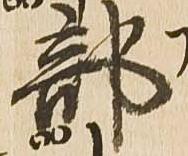
部